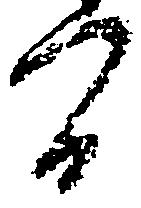
間